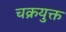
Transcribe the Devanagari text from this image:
चक्रयुक्त